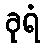
ခုရံ